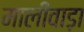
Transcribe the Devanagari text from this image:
मालीवाड़ा